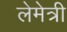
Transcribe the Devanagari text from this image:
लेमेत्री